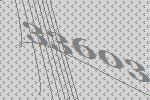
33603